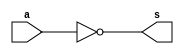
module circuito (s, a);
 output s;
 input  a;
 
 nand NAND1 (s, a, a);
 
endmodule

module testcircuito;
 reg a;
 wire s;
 
 circuito CIRCUITO1 (s, a);
 
 initial begin
 
      $display("Exemplo 03 - Braulio Lima e Andrade - 380749");
      $display("Test Porta NOT constituido por portas NAND");
      $display("\n~a = s");
  		$monitor("~%b = %b", a, s);
  	#1 a=0;
	#1 a=1;
	
  end
 
endmodule